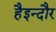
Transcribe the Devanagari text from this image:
हैइन्दौर